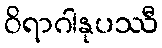
ဝိရာဂါနုပဿီ